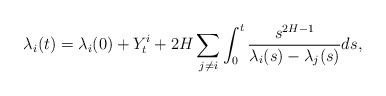
\begin{align*}\lambda_{i}(t)=\lambda_{i}(0)+Y_{t}^{i}+2H\sum_{j\not =i}\int_{0}^{t}\frac{s^{2H-1}}{\lambda_{i}(s)-\lambda_{j}(s)}ds, \end{align*}